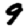
Digit: 9